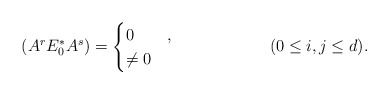
\begin{align*} (A^r E^*_0 A^s) &= \begin{cases} 0 & , \\ \neq 0 & \end{cases} && (0 \leq i,j \leq d).\end{align*}